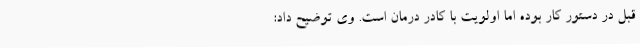
قبل در دستور کار بوده اما اولویت با کادر درمان است. وی توضیح داد: